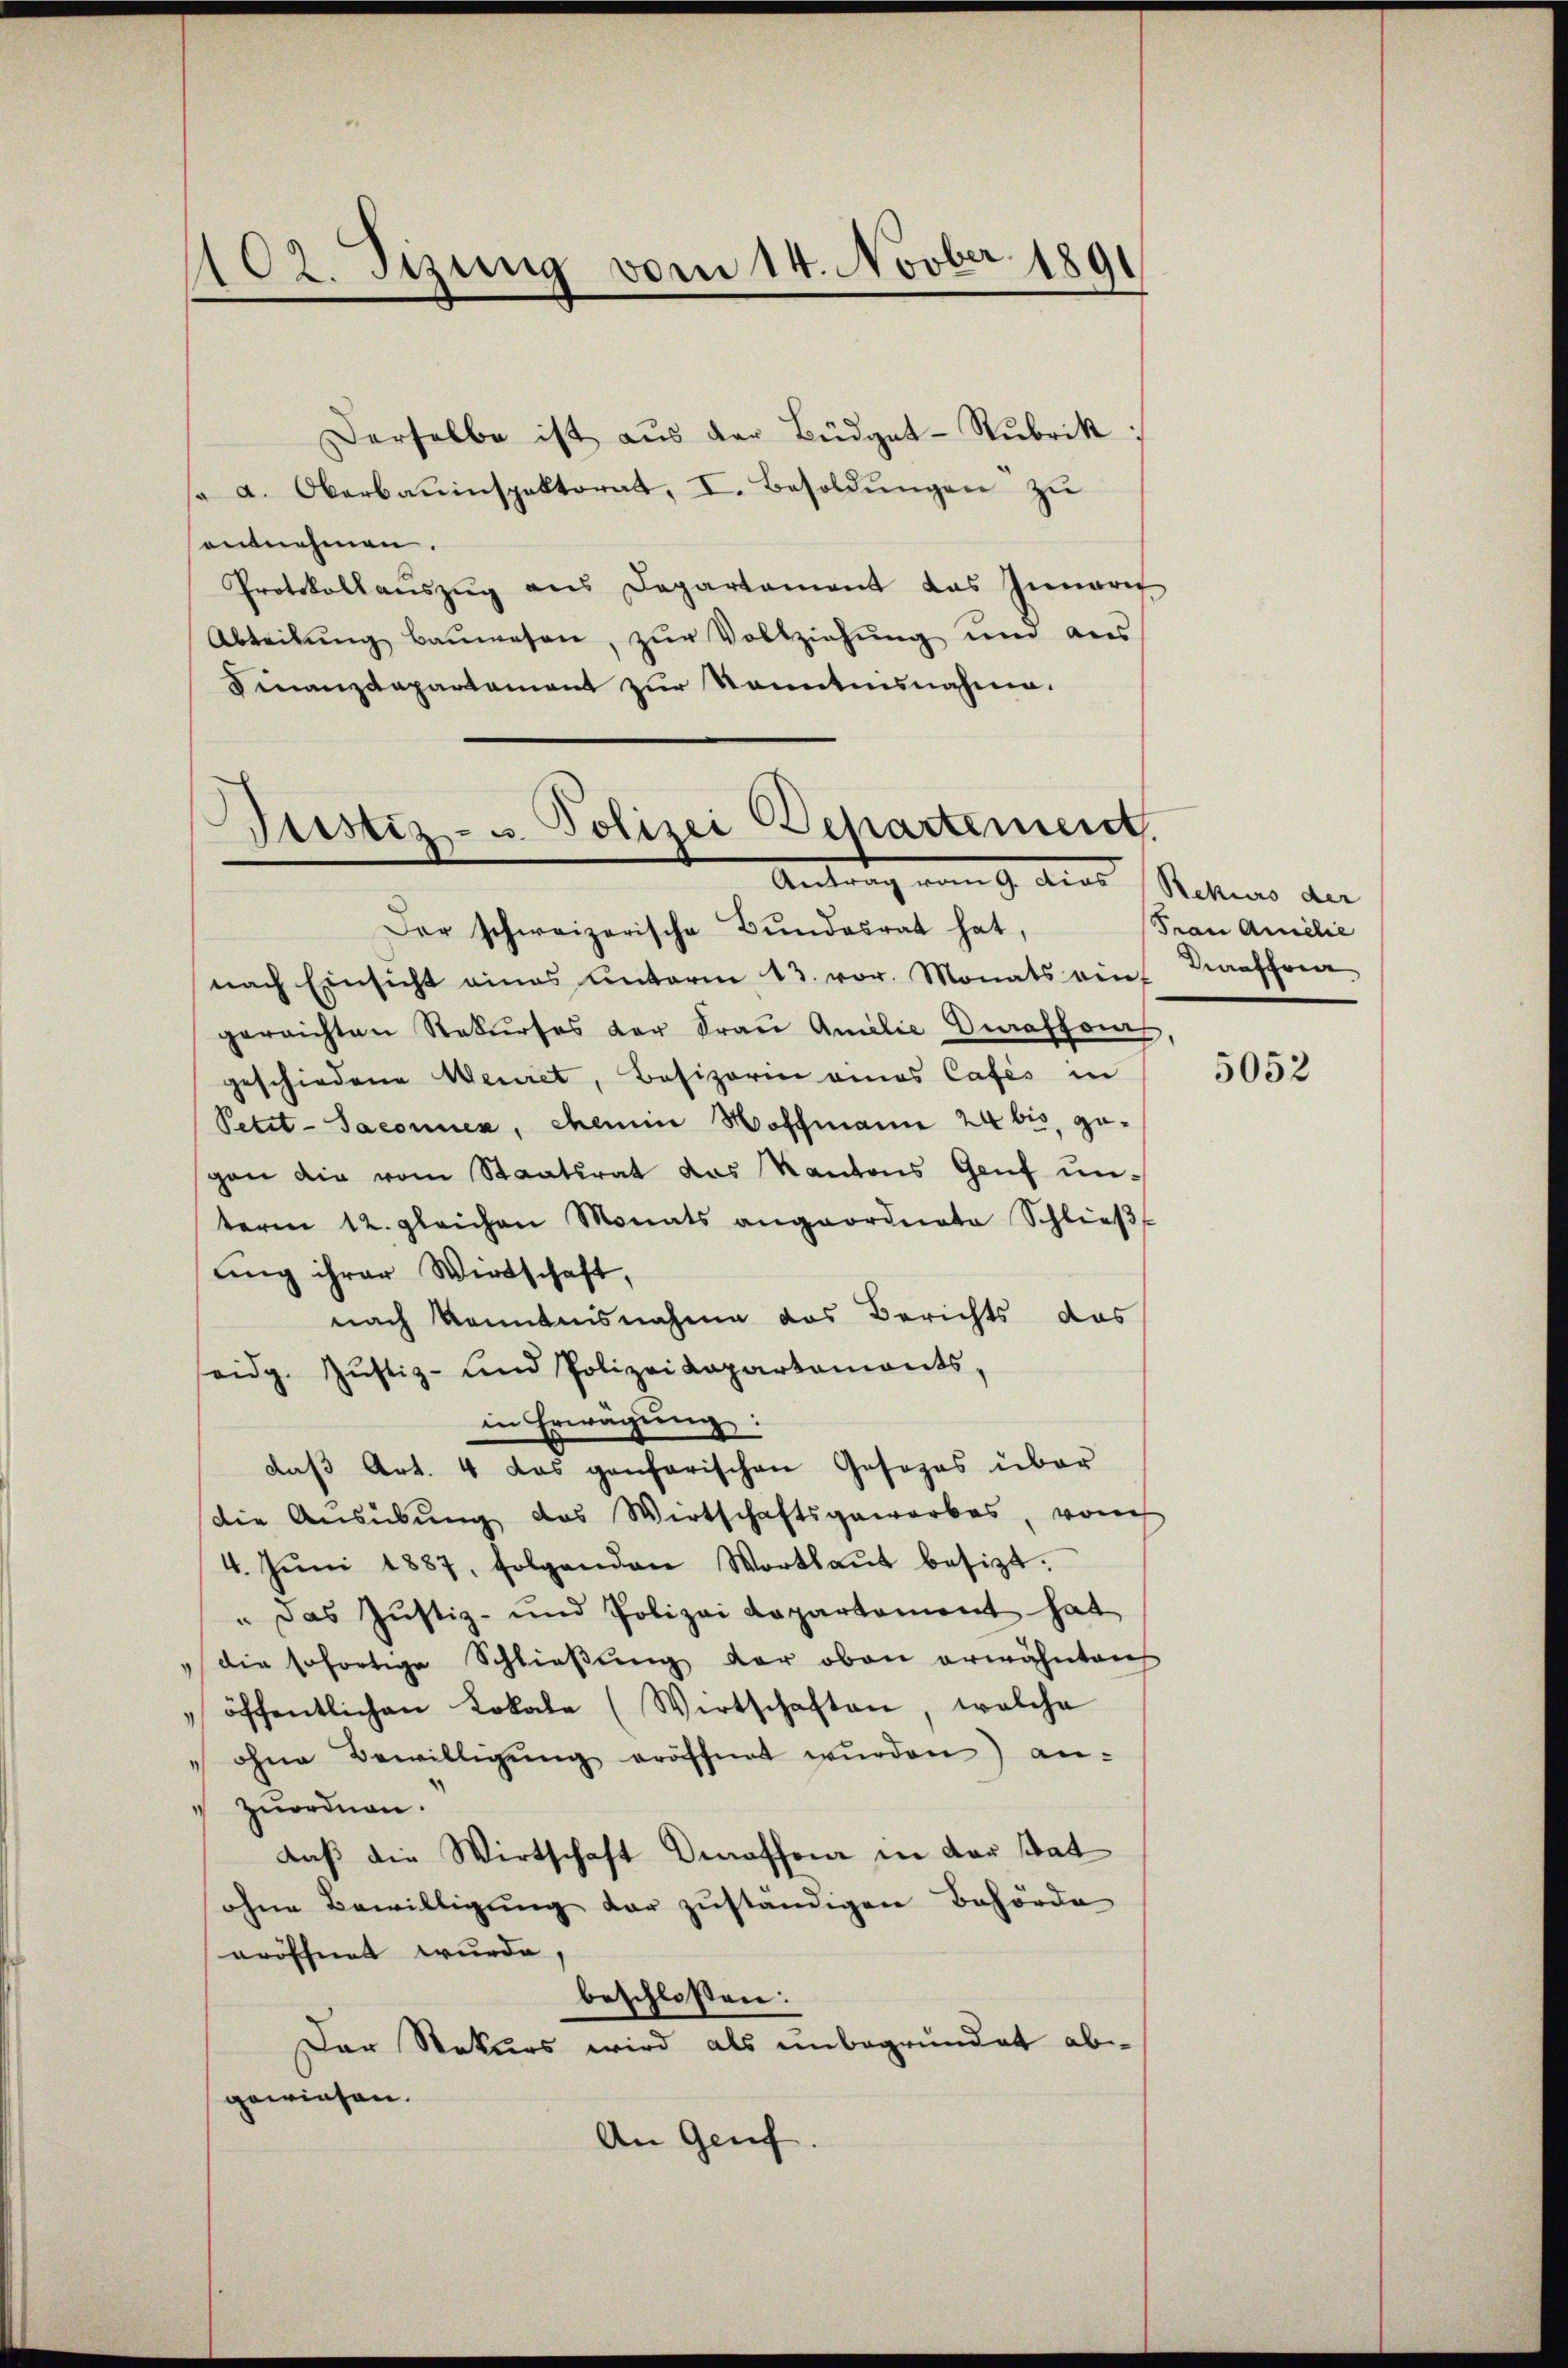
102. Sizung vom 14. Novber 189

Derselbe ist aŭs der Büdget-Rubrik:
s a. Oberbauinspektorat, I. Besoldŭngen zŭ
antnehmen.
Protokollaŭszŭg ans Departement das Innern
Abteilung bauwesen, zur Vollziehung und aus
Finanzdepartement zur Kenntnisnahme.

Justiz- u. Polizei Departement
Antrag vom 9. dies Rekurs an

Der schweizerische Bundesrat hat,
nach Einsicht eines Unterm 13. vor. Monats ein Kraffra
gerrichten Rekŭrses der Fraŭ Amilie Curaffons,
geschiedene Weiret, Besizerin eines Cafés in
Petit-Saconuen, chemin Hoffmann 24 bis, gegen die vom Staatsrat das Kantons Genf unterm 12. gleichen Monats angeordnete Schlieβ
ung ihrer Wirtschaft,
nach Kenntnisnahme das Berichts das
eidg. Jŭstiz- und Polizei Kapartemonts,
in Erwägŭng:
daß Art. 4 das genarischen Gesezes über
die Ausübung des Wirtschaftsgeworbes, vom
4. Jŭni 1887, folgenden Wortlaut besizt.
" Das Justiz- und Polizei Repartament hat
die sofortige Schlieβŭng der oben erwähnten
öffentlichen Lokale (Wirtschaften, welche
ohne Bewilligŭng eröffnet wurden) anzuordnen.
daß die Wirtschaft deraffen in der Stat
ohne Bewilligung der zuständigen Behörde
eröffnet wurde,
beschlossen:
Der Rekurs wird als unbegründet ab
gewiesen.
An Genf.

Frau Amilie

5052